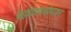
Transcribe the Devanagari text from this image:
बेंझोडायाझेपाइन